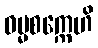
ဓမ္မစက္ကေဟိ